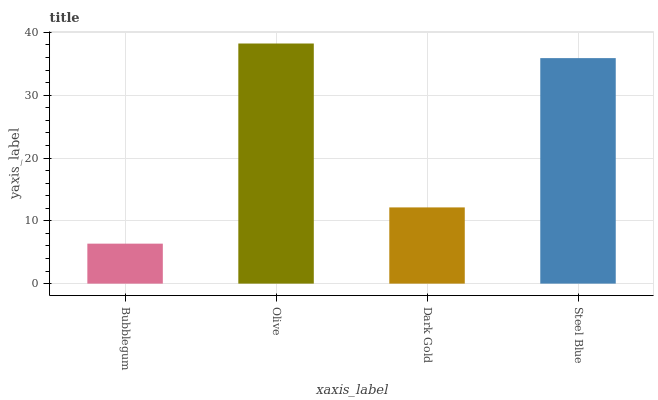
| xaxis_label | bars |
 | --- | --- |
 | Bubblegum | 6.37 |
 | Olive | 38.2 |
 | Dark Gold | 12.1 |
 | Steel Blue | 35.9 |